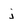
Character: j